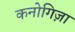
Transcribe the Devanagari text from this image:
कनोगिज़ा